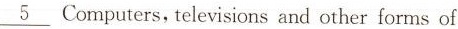
\underline{5} Computers, televisions and other forms of